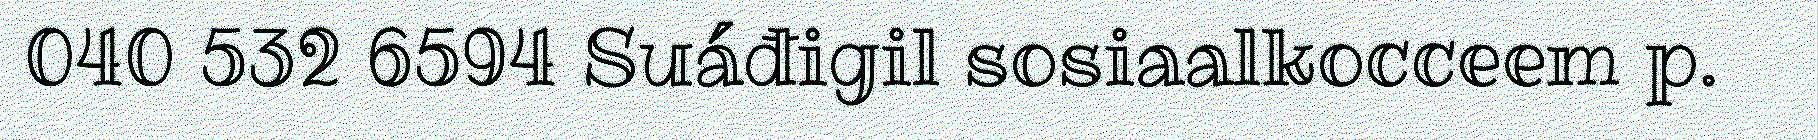
040 532 6594 Suáđigil sosiaalkocceem p.